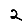
Digit: 2